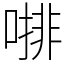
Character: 𠼕